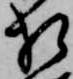
相